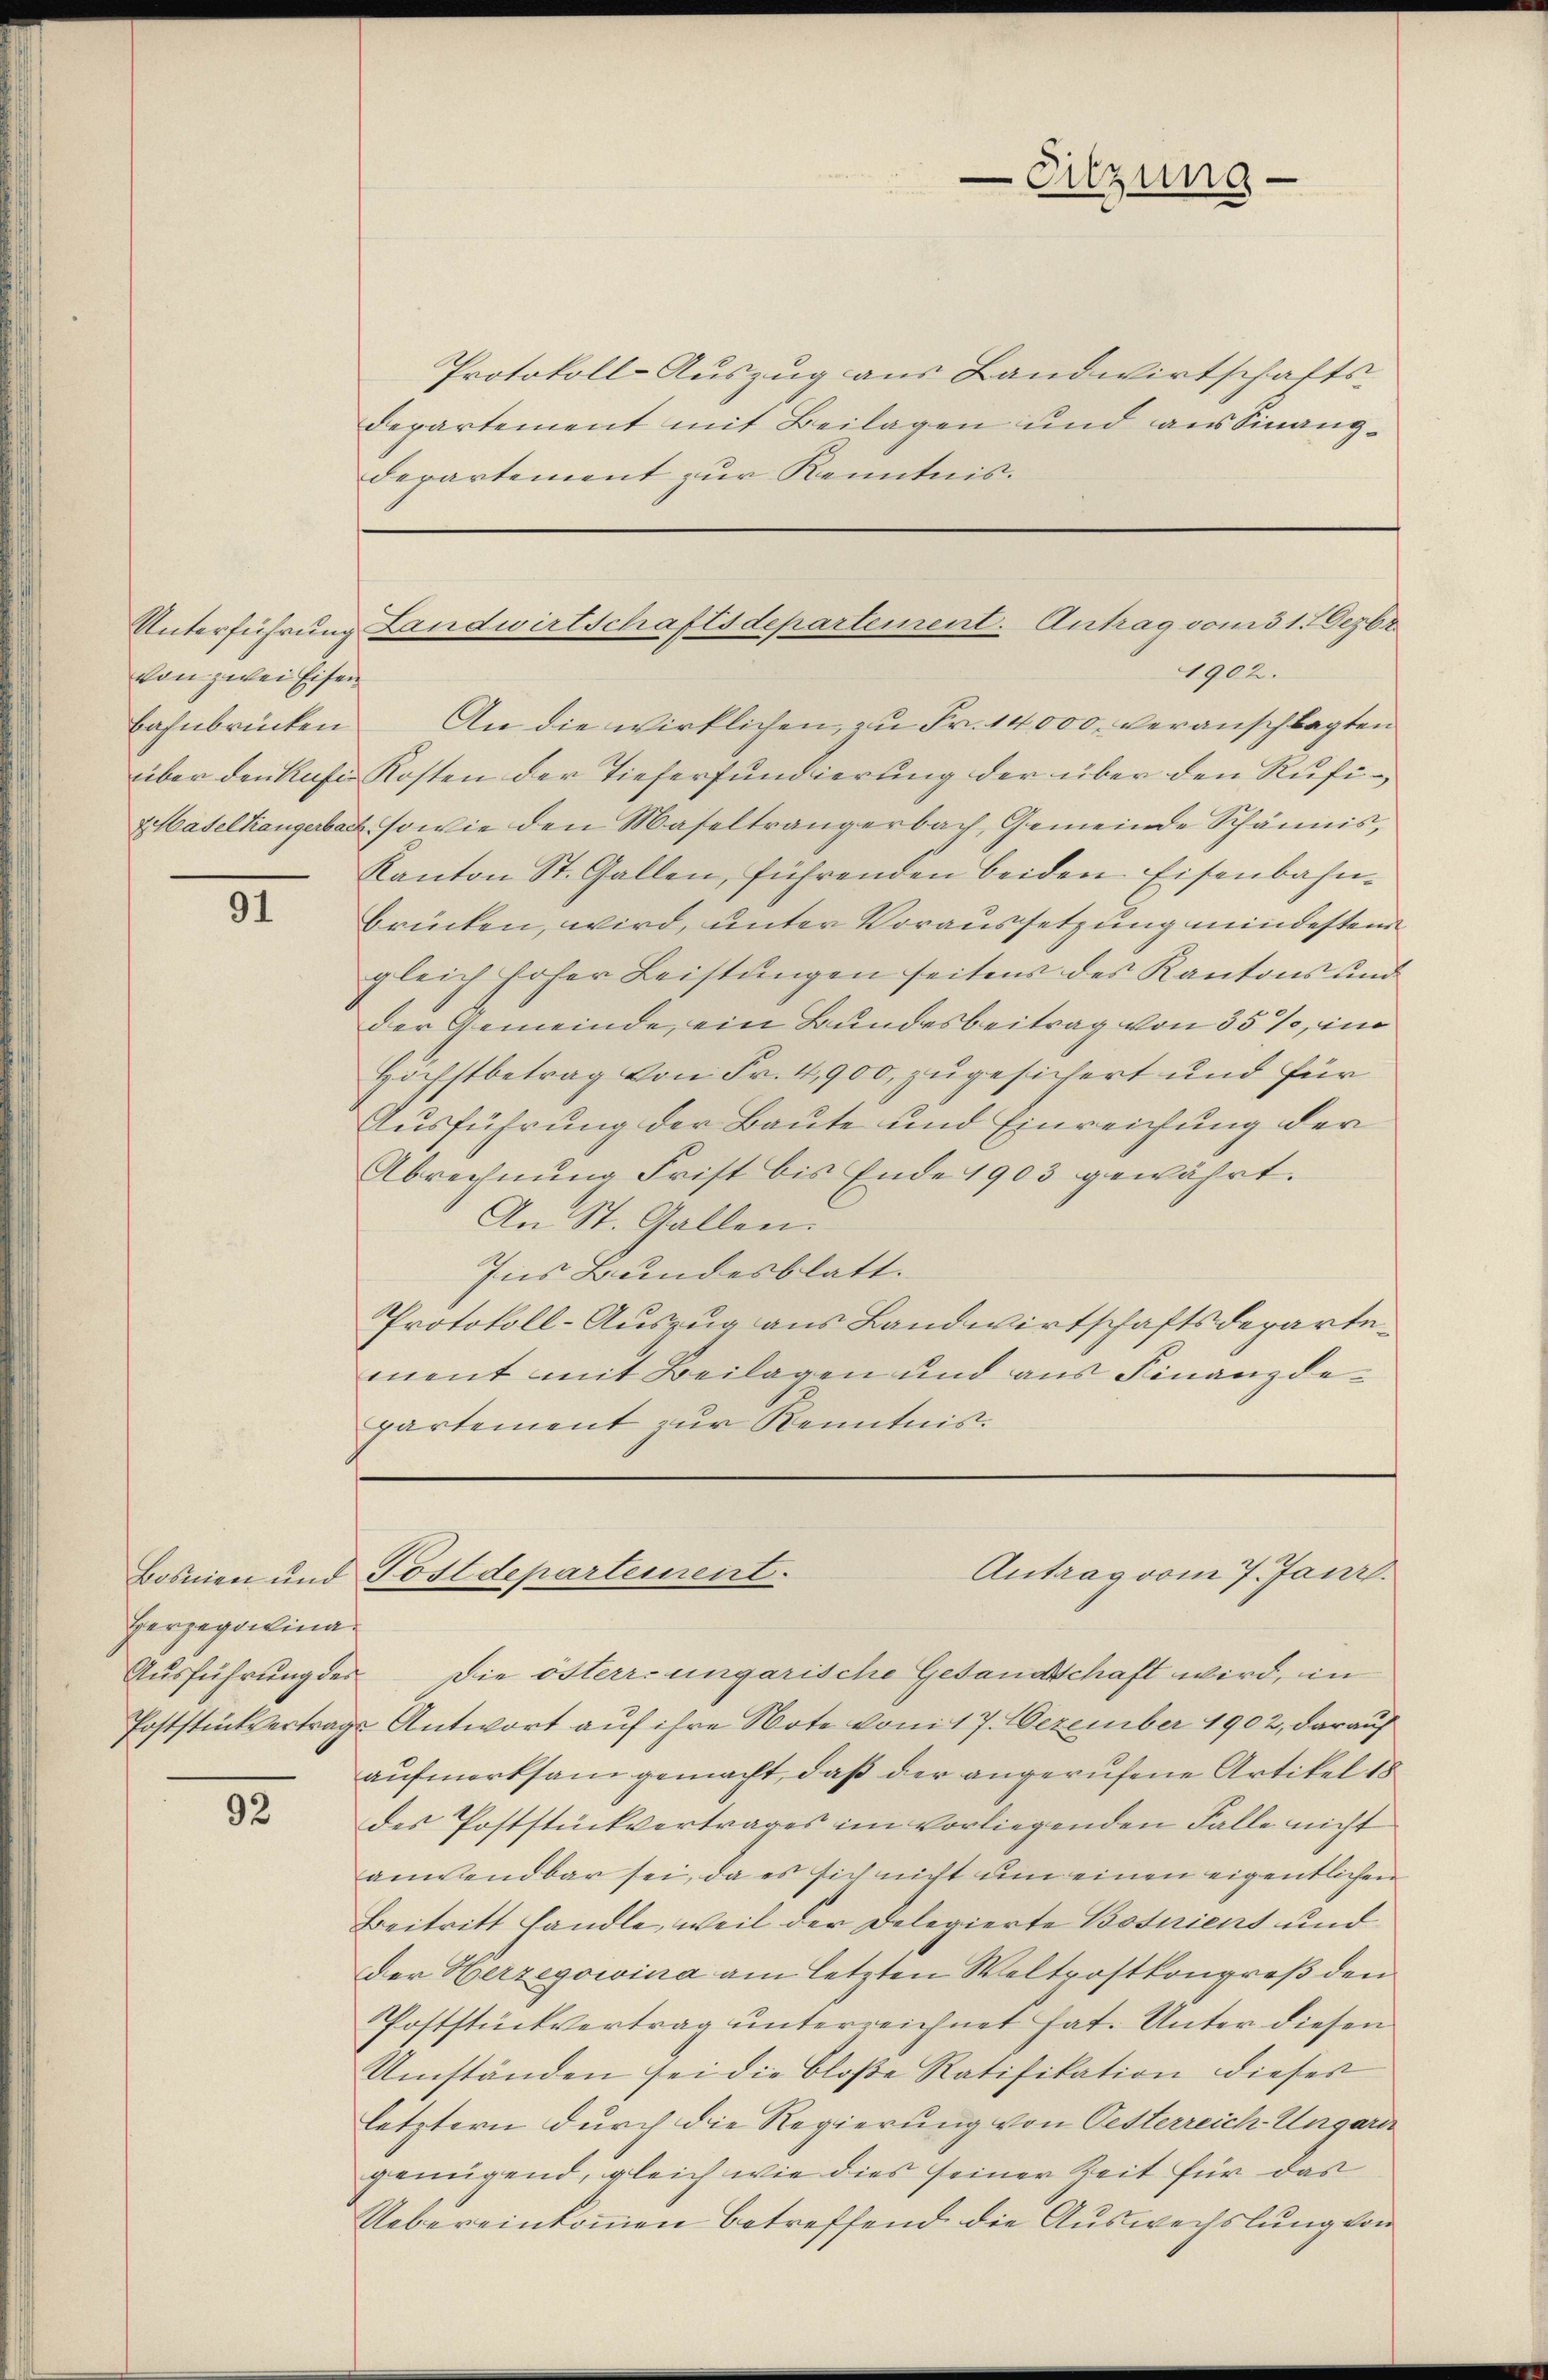
von zwei Eisen

91

Herzegolina

92

Protokoll-Auszug aus Landwirtschafts-
Departement mit Beilagen und aus Sinanz¬
Departement zur Kenntnis.

-Sitzung

Unterführung Landwirtschaftsdepartement. Antrag vom 31. Dezbr.
1902.

bahnbrücken. An die wirklichen zŭ Fr. 14000. veranschlagten
über den Kase Kosten der Tieferfundierung der über den Rufi¬
Haselhängerbach, sowie den Maseltrangerbach, Gemeinde Schännis,
Kanton St. Gallen, führenden beiden Eisenbahnbrücken, wird, unter Voraussetzung mindesten
gleich hoher Leistungen seitens des Kantons und
der Gemeinde, ein Bundesbeitrag von 35 %, im
Höchstbetrag von Fr. 4,900, zugesichert und für
Ausführung der Baute und Einreichung der
Abrechnung Frist bis Ende 1903 gewährt.
An St. Gallen.
Ins Bundesblatt.
Protokoll-Auszug aus Landwirtschaftsdepartement mit Beilagen und aus Finanzdepartement zur Kenntnis.

Antrag vom 7. Janr.
Bosnien und Postdepartement.

Ausführung des Die österr. ungarische Gesandtschaft wird, in
Poststückvertrags Antwort auf ihre Note vom 17. Dezember 1902, darauf
aufmerksam gemacht, daß der angerufene Artikel 18
des Poststückvertrages im vorliegenden Falle nicht
anwendbar sei, da es sich nicht um einen eigentlichen
Beitritt handle, weil der Delegierte Bosniens und
der Herzegowina am letzten Weltrostkongreß den
Poststückvertrag unterreichnet hat. Unter diesen
Umständen sei die bloße Ratifikation dieses
letztern durch die Regierung von Oetterreich-Ungarn
genügend, gleich wie dies seiner Zeit für das
Uebereinkommen betreffend die Auswechslung von